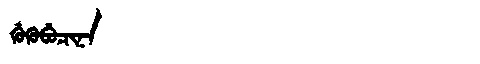
Manchu: ᡤᡠᡴᡠᠪᡠᠴᡳᠨᠠ
Romanization: GUKUBUCINA